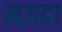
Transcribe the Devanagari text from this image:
मज़दा